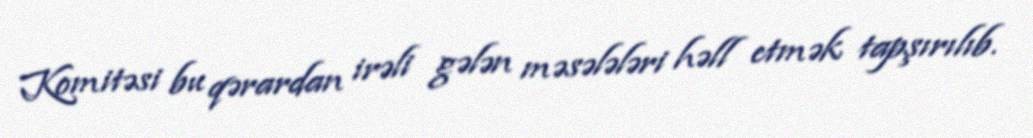
Komitəsi bu qərardan irəli gələn məsələləri həll etmək tapşırılıb.